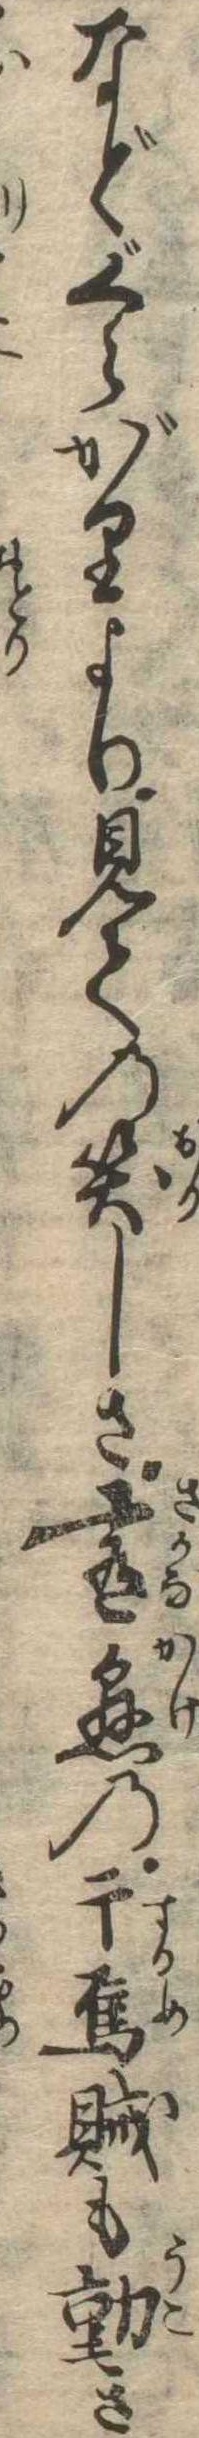
などくらがりより見ての笑しさ肴懸の干烏賊も動き